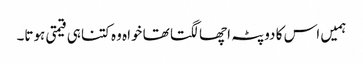
ہمیں اس کا دوپٹہ اچھا لگتا تھا خواہ وہ کتنا ہی قیمتی ہوتا۔